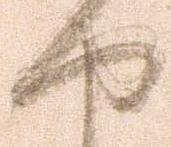
せ